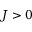
J > 0